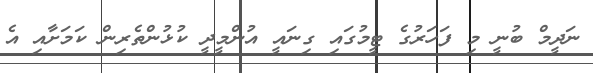
ނަދީމް ބުނީ މި ފަހަރުގެ ޓީމުގައި ގިނައީ އުންމީދީ ކުޅުންތެރިން ކަމަށާއި އެ